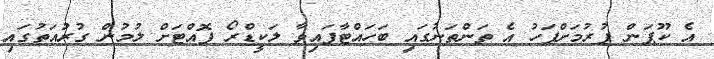
އެ ކޫޕަން ފުރުމަށްފަހު އެ ތަންތަނުގައި ބަހައްޓާފައިވާ ލަކީޑްރޯ ފޮއްޓަށް ލުމުން ގުރުއަތުގައި